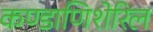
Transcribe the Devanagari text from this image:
कण्डाणिशेरिल